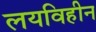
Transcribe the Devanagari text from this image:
लयविहीन